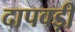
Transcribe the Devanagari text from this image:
दापवड़ी